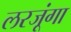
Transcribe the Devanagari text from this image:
लरजूंगा